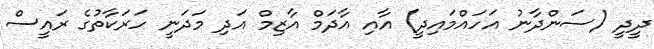
ދީދީ (ސަންދާނު އަހައްމައިދީ) އާއި އާދަމް އާޒިމް އަދި މަދަނީ ހަރަކާތުގެ ރައީސް